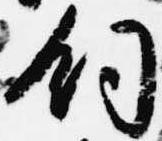
飼